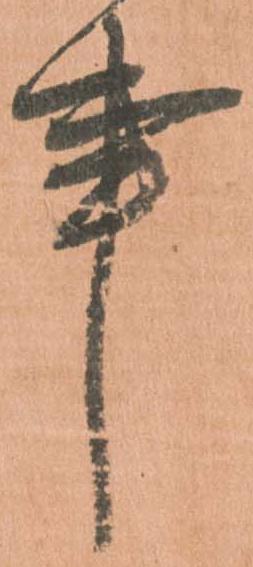
事